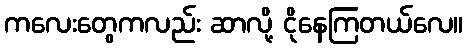
ကလေးတွေကလည်း ဆာလို့ ငိုနေကြတယ်လေ။